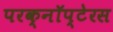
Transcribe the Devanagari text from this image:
परक्नॉप्टेरस